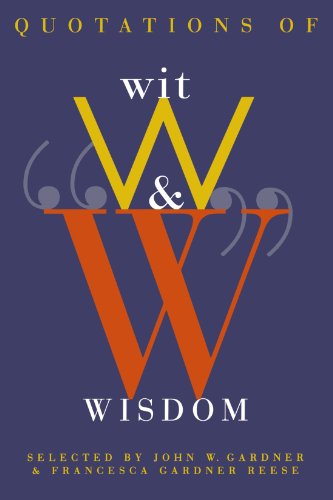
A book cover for Quotations of Wit and Wisdom; John W. Gardner; Reference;